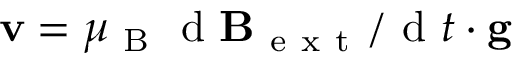
\mathbf { v } = \mu _ { \mathrm { ~ B ~ } } \textrm { d } { \mathbf { B } _ { \mathrm { ~ e ~ x ~ t ~ } } } / \textrm { d } { t } \cdot \mathbf { g }